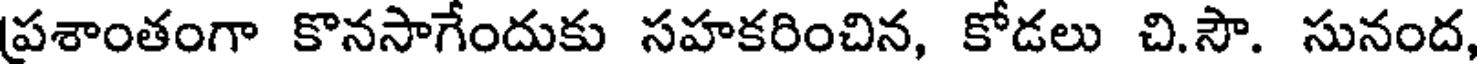
ప్రశాంతంగా కొనసాగేందుకు సహకరించిన, కోడలు చి.సౌ. సునంద